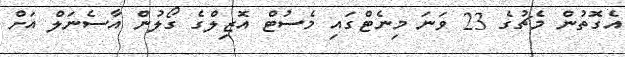
އެގޮތުން މެޗުގެ 23 ވަނަ މިނެޓްގައި މެސުޓް އޮޒިލްގެ ގޯލުން އާސެނަލް އަށް